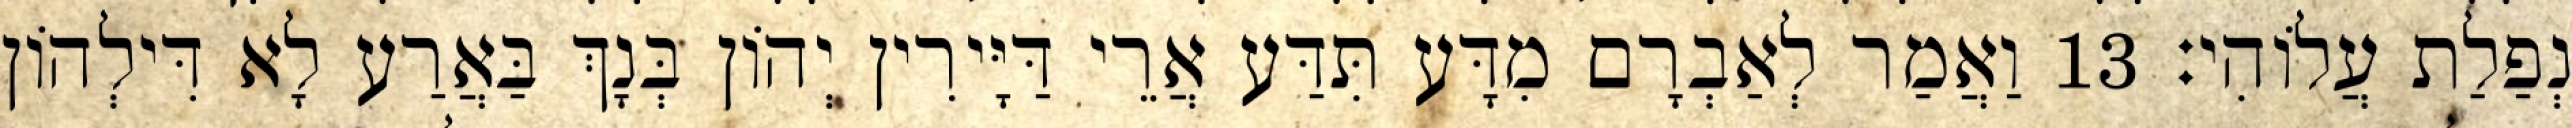
נְפַלַת עֲלוֹהִי׃ 13 וַאֲמַר לְאַבְרָם מִדָּע תִּדַּע אֲרֵי דַּיָּירִין יְהוֹן בְּנָךְ בַּאֲרַע לָא דִּילְהוֹן